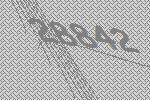
28842